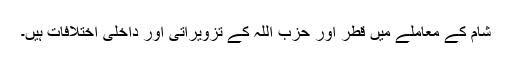
شام کے معاملے میں قطر اور حزب اللہ کے تزویراتی اور داخلی اختلافات ہیں۔